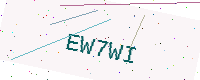
Text: EW7WI